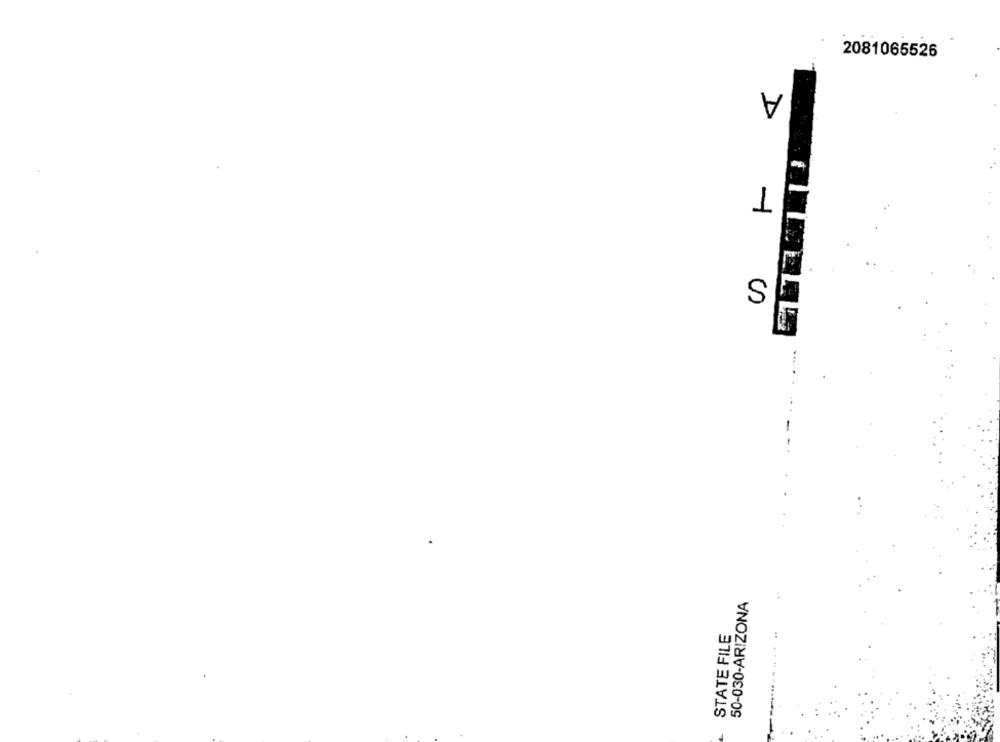
2081065526
D
T
S
-
50-030-ARIZONA
STATE FILE